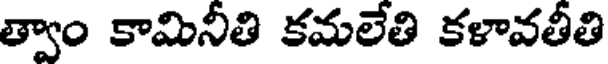
త్వాం కామినీతి కమలేతి కళావతీతి